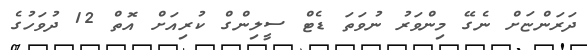
ދަރަންޏަށް ނެގޭ މިންވަރު ނުވަތަ ޑެޓް ސީލިންގް ކުރިއަށް އޮތް 12 ދުވަހުގެ